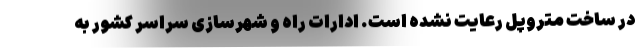
در ساخت متروپل رعایت نشده است. ادارات راه و شهرسازی سراسر کشور به